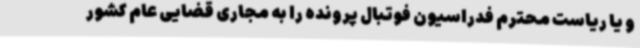
و یا ریاست محترم فدراسیون فوتبال پرونده را به مجاری قضایی عام کشور